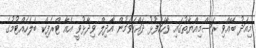
މިއަދު ބޭއްވި ރަސްމިއްޔާތުގައި ވާހަކަފުޅު ދައްކަވަމުން އާދިލް ވިދާޅުވީ އެއާ ޓްރެފިކް ބެލެހެއްޓުމުގެ